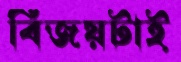
বিজয়টাই